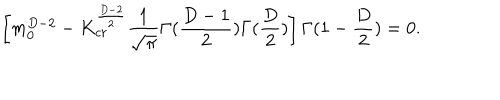
\left[ m _ { 0 } ^ { D - 2 } - K _ { c r } ^ { \frac { D - 2 } { 2 } } \frac { 1 } { \sqrt { \pi } } \Gamma ( \frac { D - 1 } { 2 } ) \Gamma ( \frac { D } { 2 } ) \right] \Gamma ( 1 - \frac { D } { 2 } ) = 0 .